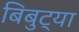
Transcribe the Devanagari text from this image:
बिबुट्या